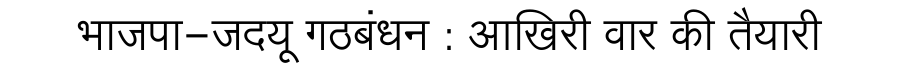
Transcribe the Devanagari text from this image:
भाजपा-जदयू गठबंधन : आखिरी वार की तैयारी